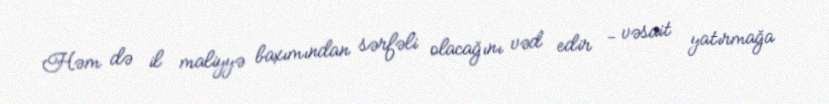
Həm də il maliyyə baxımından sərfəli olacağını vəd edir - vəsait yatırmağa